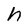
Character: h